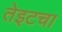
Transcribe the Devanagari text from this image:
तेइटचा